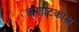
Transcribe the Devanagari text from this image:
कर्णाटकाश्च